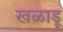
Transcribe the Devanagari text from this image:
खळाडू